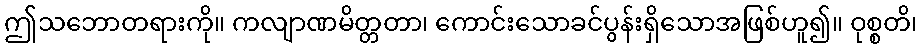
ဤသဘောတရားကို။ ကလျာဏမိတ္တတာ၊ ကောင်းသောခင်ပွန်းရှိသောအဖြစ်ဟူ၍။ ဝုစ္စတိ၊